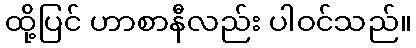
ထို့ပြင် ဟာစာနီလည်း ပါဝင်သည်။